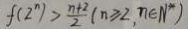
f ( 2 ^ { n } ) > \frac { n + 2 } { 2 } ( n \geq 2 , n \in N ^ { \ast } )